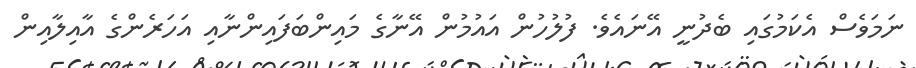
ނަމަވެސް އެކަމުގައި ބެދުނީ އޭނައެވެ. ފުލުހުން އައުމުން އޭނާގެ މައިންބަފައިންނާއި އަހަރެންގެ އާއިލާއިން